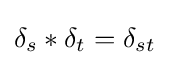
\delta _{s}*\delta _{t}=\delta _{st}